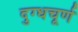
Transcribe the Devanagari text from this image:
दुग्धचूर्ण